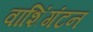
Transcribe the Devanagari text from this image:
वाशिंगंटन